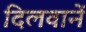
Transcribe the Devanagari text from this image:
दिलवानें